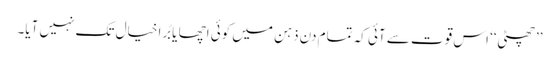
’’چھٹی‘‘ اس قوت سے آئی کہ تمام دن ذہن میں کوئی اچھا یا بُرا خیال تک نہیں آیا۔